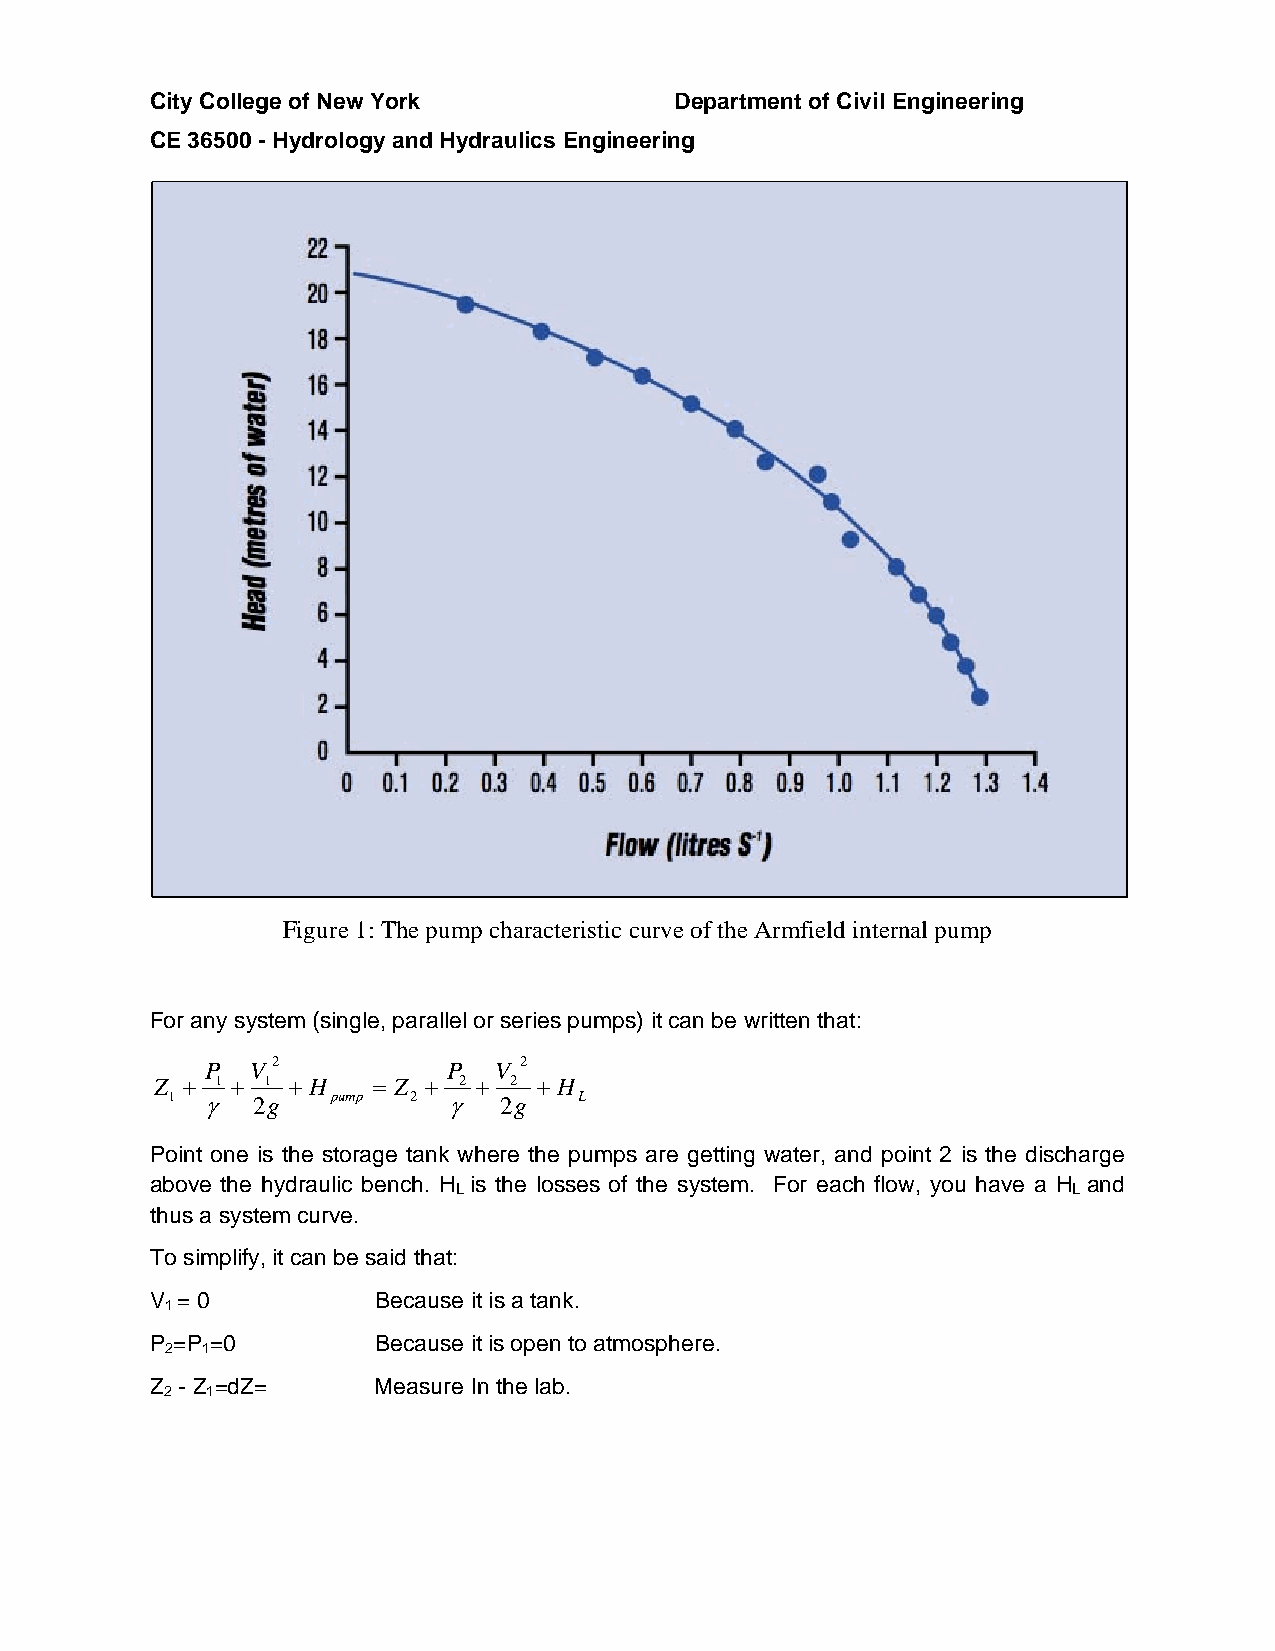
City College of New York           Department of Civil Engineering
 CE 36500 - Hydrology and Hydraulics Engineering
 Figure 1: The pump characteristic curve of the Armfield internal pump
 For any system (single, parallel or series pumps) it can be written that:
 P  V2           P  V 2
 Z  1  1  H   Z  2  2  H
 1    2g   pump 2    2g   L
 Point one is the storage tank where the pumps are getting water, and point 2 is the discharge
 above the hydraulic bench. H is the losses of the system. For each flow, you have a H and
 L                                        L
 thus a system curve.
 To simplify, it can be said that:
 V = 0          Because it is a tank.
 1
 P =P =0        Because it is open to atmosphere.
 2 1
 Z - Z =dZ=     Measure In the lab.
 2  1